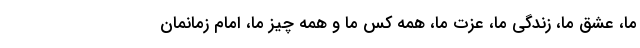
ما، عشق ما، زندگی ما، عزت ما، همه کس ما و همه چیز ما، امام زمانمان